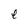
Character: e